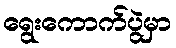
ရွေးကောက်ပွဲမှာ